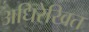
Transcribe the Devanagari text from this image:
अधिरेखित